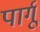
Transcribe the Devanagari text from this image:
पार्गू